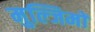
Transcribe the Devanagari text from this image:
मुल्जिमों